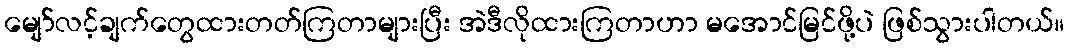
မျော်လင့်ချက်တွေထားတတ်ကြတာများပြီး အဲဒီလိုထားကြတာဟာ မအောင်မြင်ဖို့ပဲ ဖြစ်သွားပါတယ်။